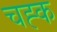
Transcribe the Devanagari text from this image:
चह्क